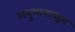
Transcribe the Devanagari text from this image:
अनुमानावरून